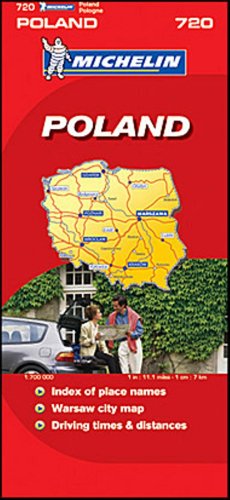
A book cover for Michelin Map No. 720 Poland, Scale 1:1,700,000 (Michelin Guides and Maps); Travel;